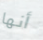
أنها